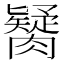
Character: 𦡼